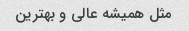
مثل همیشه عالی و بهترین